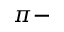
\pi -